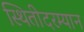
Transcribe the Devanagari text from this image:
स्थितीदरम्यान